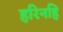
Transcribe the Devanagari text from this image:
हरिनहि